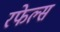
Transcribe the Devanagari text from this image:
रफेल्स